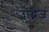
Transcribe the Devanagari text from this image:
उद्भिज